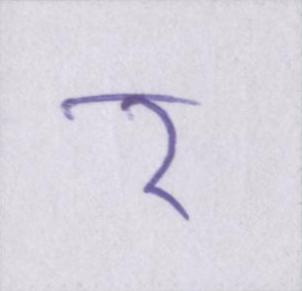
र